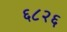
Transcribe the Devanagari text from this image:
६८२६